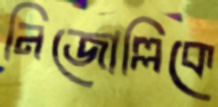
নিজোল্লিকে